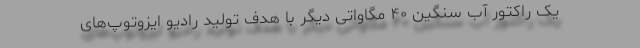
یک راکتور آب سنگین ۴۰ مگاواتی دیگر با هدف تولید رادیو ایزوتوپ‌های